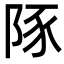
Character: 𮥆